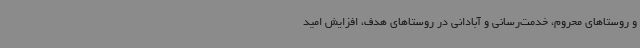
و روستاهای محروم، خدمت‌رسانی و آبادانی در روستاهای هدف، افزایش امید